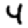
Digit: 4